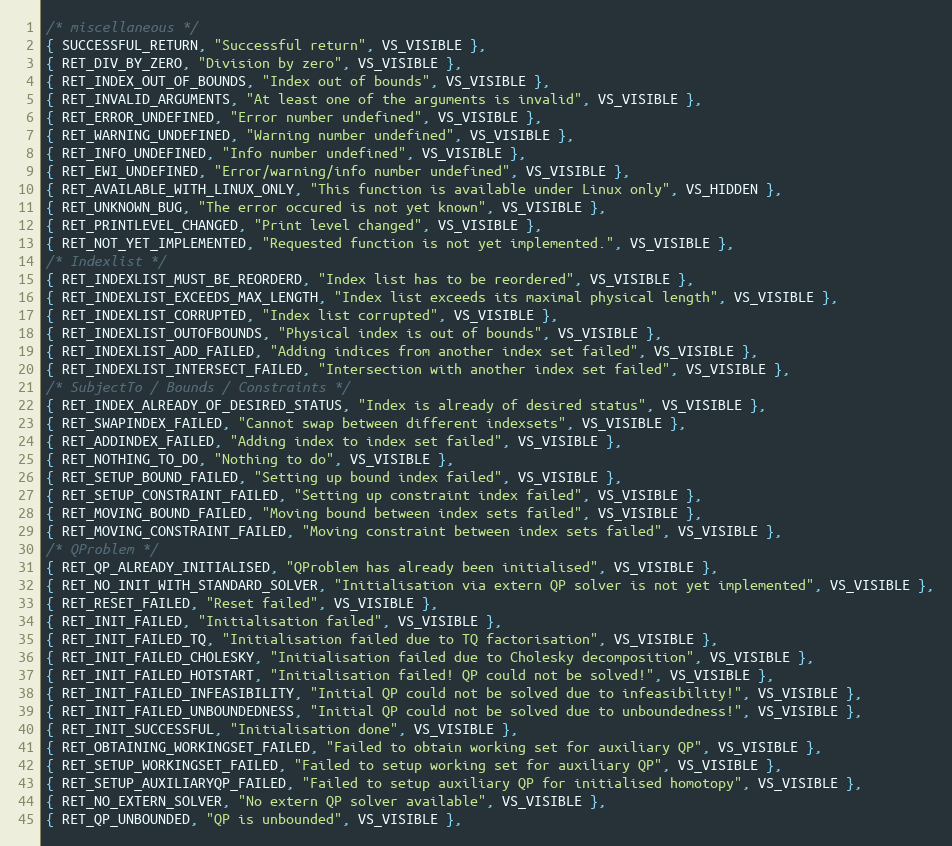
Language: C++
/* miscellaneous */
{ SUCCESSFUL_RETURN, "Successful return", VS_VISIBLE },
{ RET_DIV_BY_ZERO, "Division by zero", VS_VISIBLE },
{ RET_INDEX_OUT_OF_BOUNDS, "Index out of bounds", VS_VISIBLE },
{ RET_INVALID_ARGUMENTS, "At least one of the arguments is invalid", VS_VISIBLE },
{ RET_ERROR_UNDEFINED, "Error number undefined", VS_VISIBLE },
{ RET_WARNING_UNDEFINED, "Warning number undefined", VS_VISIBLE },
{ RET_INFO_UNDEFINED, "Info number undefined", VS_VISIBLE },
{ RET_EWI_UNDEFINED, "Error/warning/info number undefined", VS_VISIBLE },
{ RET_AVAILABLE_WITH_LINUX_ONLY, "This function is available under Linux only", VS_HIDDEN },
{ RET_UNKNOWN_BUG, "The error occured is not yet known", VS_VISIBLE },
{ RET_PRINTLEVEL_CHANGED, "Print level changed", VS_VISIBLE },
{ RET_NOT_YET_IMPLEMENTED, "Requested function is not yet implemented.", VS_VISIBLE },
/* Indexlist */
{ RET_INDEXLIST_MUST_BE_REORDERD, "Index list has to be reordered", VS_VISIBLE },
{ RET_INDEXLIST_EXCEEDS_MAX_LENGTH, "Index list exceeds its maximal physical length", VS_VISIBLE },
{ RET_INDEXLIST_CORRUPTED, "Index list corrupted", VS_VISIBLE },
{ RET_INDEXLIST_OUTOFBOUNDS, "Physical index is out of bounds", VS_VISIBLE },
{ RET_INDEXLIST_ADD_FAILED, "Adding indices from another index set failed", VS_VISIBLE },
{ RET_INDEXLIST_INTERSECT_FAILED, "Intersection with another index set failed", VS_VISIBLE },
/* SubjectTo / Bounds / Constraints */
{ RET_INDEX_ALREADY_OF_DESIRED_STATUS, "Index is already of desired status", VS_VISIBLE },
{ RET_SWAPINDEX_FAILED, "Cannot swap between different indexsets", VS_VISIBLE },
{ RET_ADDINDEX_FAILED, "Adding index to index set failed", VS_VISIBLE },
{ RET_NOTHING_TO_DO, "Nothing to do", VS_VISIBLE },
{ RET_SETUP_BOUND_FAILED, "Setting up bound index failed", VS_VISIBLE },
{ RET_SETUP_CONSTRAINT_FAILED, "Setting up constraint index failed", VS_VISIBLE },
{ RET_MOVING_BOUND_FAILED, "Moving bound between index sets failed", VS_VISIBLE },
{ RET_MOVING_CONSTRAINT_FAILED, "Moving constraint between index sets failed", VS_VISIBLE },
/* QProblem */
{ RET_QP_ALREADY_INITIALISED, "QProblem has already been initialised", VS_VISIBLE },
{ RET_NO_INIT_WITH_STANDARD_SOLVER, "Initialisation via extern QP solver is not yet implemented", VS_VISIBLE },
{ RET_RESET_FAILED, "Reset failed", VS_VISIBLE },
{ RET_INIT_FAILED, "Initialisation failed", VS_VISIBLE },
{ RET_INIT_FAILED_TQ, "Initialisation failed due to TQ factorisation", VS_VISIBLE },
{ RET_INIT_FAILED_CHOLESKY, "Initialisation failed due to Cholesky decomposition", VS_VISIBLE },
{ RET_INIT_FAILED_HOTSTART, "Initialisation failed! QP could not be solved!", VS_VISIBLE },
{ RET_INIT_FAILED_INFEASIBILITY, "Initial QP could not be solved due to infeasibility!", VS_VISIBLE },
{ RET_INIT_FAILED_UNBOUNDEDNESS, "Initial QP could not be solved due to unboundedness!", VS_VISIBLE },
{ RET_INIT_SUCCESSFUL, "Initialisation done", VS_VISIBLE },
{ RET_OBTAINING_WORKINGSET_FAILED, "Failed to obtain working set for auxiliary QP", VS_VISIBLE },
{ RET_SETUP_WORKINGSET_FAILED, "Failed to setup working set for auxiliary QP", VS_VISIBLE },
{ RET_SETUP_AUXILIARYQP_FAILED, "Failed to setup auxiliary QP for initialised homotopy", VS_VISIBLE },
{ RET_NO_EXTERN_SOLVER, "No extern QP solver available", VS_VISIBLE },
{ RET_QP_UNBOUNDED, "QP is unbounded", VS_VISIBLE },